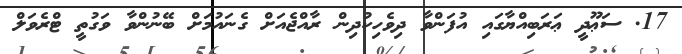
17. ސަޢޫދީ ޢަރަބިއްޔާގައި އުފަންވާ ދިވެހިކުދިން ރާއްޖެއަށް ގެނައުމަށް ބޭނުންވާ ވަގުތީ ޓްރެވަލް